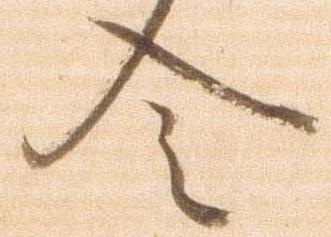
令